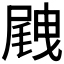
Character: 𡲭